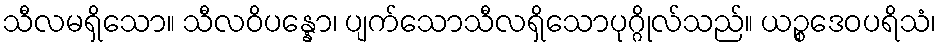
သီလမရှိသော။ သီလဝိပန္နော၊ ပျက်သောသီလရှိသောပုဂ္ဂိုလ်သည်။ ယဉ္စဒေဝပရိသံ၊